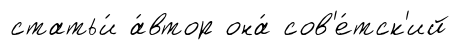
статьи́ а́втор она́ сов'е́тск'ий